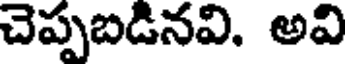
చెప్పబడినవి. అవి